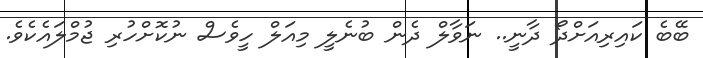
ބޭބެ ކައިރިއަށްދޯ ދާނީ.. ނަވާލް ދެން ބުނެލީ މިއަލް ހީވެސް ނުކޮށްހުރި ޖުމްލައެކެވެ.